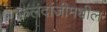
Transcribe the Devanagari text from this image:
फलंदाजीमधील